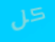
كل